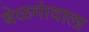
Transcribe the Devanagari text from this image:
बेळगांवाला